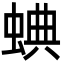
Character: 𧌎